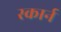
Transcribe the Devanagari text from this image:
स्कार्न